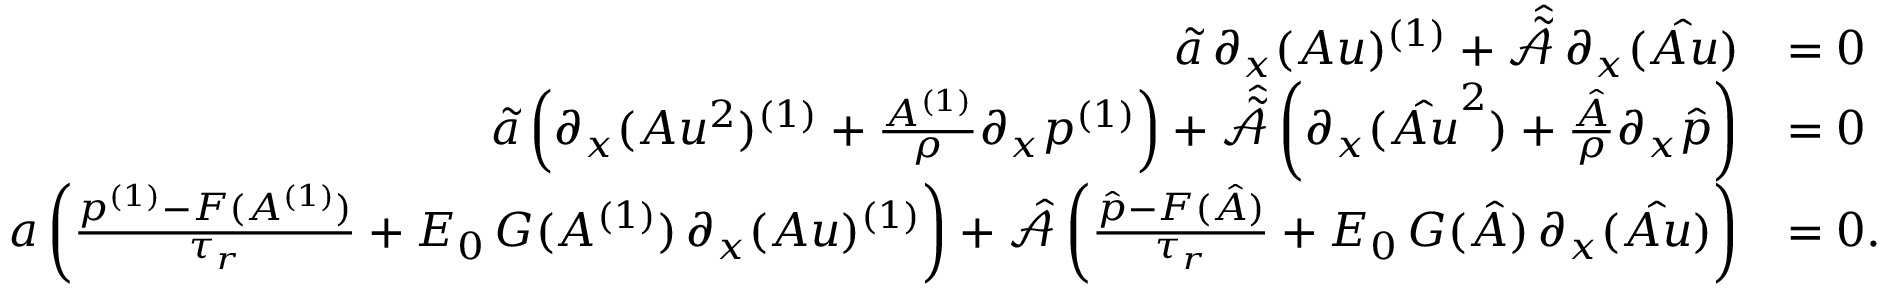
\begin{array} { r l } { \boldsymbol { \tilde { a } } \, \partial _ { x } ( A u ) ^ { ( 1 ) } + \hat { \tilde { \mathcal { A } } } \, \partial _ { x } ( \boldsymbol { \hat { A u } } ) } & { = 0 } \\ { \boldsymbol { \tilde { a } } \left( \partial _ { x } ( A u ^ { 2 } ) ^ { ( 1 ) } + \frac { A ^ { ( 1 ) } } { \rho } \partial _ { x } p ^ { ( 1 ) } \right) + \hat { \tilde { \mathcal { A } } } \left( \partial _ { x } ( \boldsymbol { \hat { A u } ^ { 2 } } ) + \frac { \boldsymbol { \hat { A } } } { \rho } \partial _ { x } \boldsymbol { \hat { p } } \right) } & { = 0 } \\ { \boldsymbol { a } \left( \frac { p ^ { ( 1 ) } - F ( A ^ { ( 1 ) } ) } { \tau _ { r } } + E _ { 0 } \, G ( A ^ { ( 1 ) } ) \, \partial _ { x } ( A u ) ^ { ( 1 ) } \right) + \hat { \mathcal { A } } \left( \frac { \boldsymbol { \hat { p } } - \boldsymbol { F } ( \boldsymbol { \hat { A } } ) } { \tau _ { r } } + E _ { 0 } \, \boldsymbol { G } ( \boldsymbol { \hat { A } } ) \, \partial _ { x } ( \boldsymbol { \hat { A u } } ) \right) } & { = 0 . } \end{array}